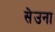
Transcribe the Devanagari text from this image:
सेउना